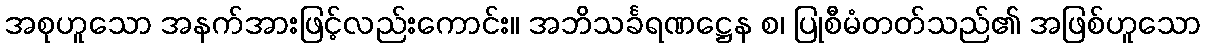
အစုဟူသော အနက်အားဖြင့်လည်းကောင်း။ အဘိသင်္ခရဏဋ္ဌေန စ၊ ပြုစီမံတတ်သည်၏ အဖြစ်ဟူသော